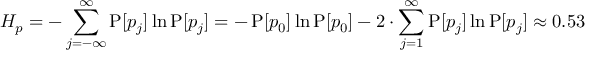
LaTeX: H _ { p } = - \sum _ { j = - \infty } ^ { \infty } \operatorname { P } [ p _ { j } ] \ln \operatorname { P } [ p _ { j } ] = - \operatorname { P } [ p _ { 0 } ] \ln \operatorname { P } [ p _ { 0 } ] - 2 \cdot \sum _ { j = 1 } ^ { \infty } \operatorname { P } [ p _ { j } ] \ln \operatorname { P } [ p _ { j } ] \approx 0 . 5 3